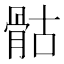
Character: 骷